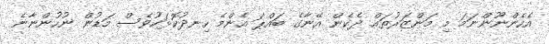
އެހެންނޫންނަމަ މި މަންޒަރުތައް ދެކެން އޭނާގެ ބައްޕަ އެންމެ ހިނދުކޮޅަކުވެސް މަޑުން ނުހުންނާނެ